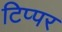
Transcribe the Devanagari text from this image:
टिप्पर